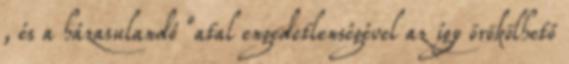
, és a házasulandó ﬁatal engedetlenségével az így örökölhető